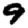
Digit: 9